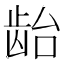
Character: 𱌯